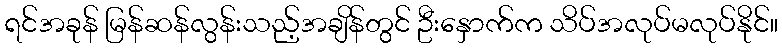
ရင်အခုန် မြန်ဆန်လွန်းသည့်အချိန်တွင် ဦးနှောက်က သိပ်အလုပ်မလုပ်နိုင်။